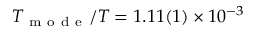
T _ { \mathrm { ~ m ~ o ~ d ~ e ~ } } / T = 1 . 1 1 ( 1 ) \times 1 0 ^ { - 3 }